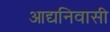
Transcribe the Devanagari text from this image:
आद्यनिवासी